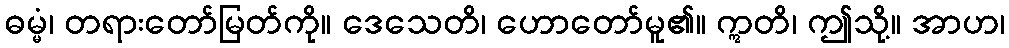
ဓမ္မံ၊ တရားတော်မြတ်ကို။ ဒေသေတိ၊ ဟောတော်မူ၏။ ဣတိ၊ ဤသို့။ အာဟ၊